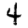
Digit: 4